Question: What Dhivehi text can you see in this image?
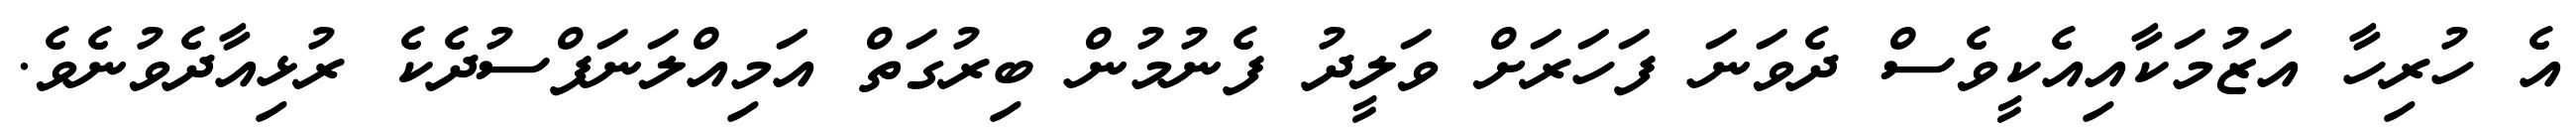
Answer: އެ ހުރިހާ އަޒުމަކާއިއެކީވެސް ދެވަނަ ފަހަރަށް ވަލީދު ފެނުމުން ބިރުގަތް އަމިއްލަނަފްސުދެކެ ރުޅިއާދެވުނެވެ.